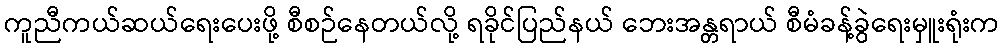
ကူညီကယ်ဆယ်ရေးပေးဖို့ စီစဉ်နေတယ်လို့ ရခိုင်ပြည်နယ် ဘေးအန္တရာယ် စီမံခန့်ခွဲရေးမှူးရုံးက